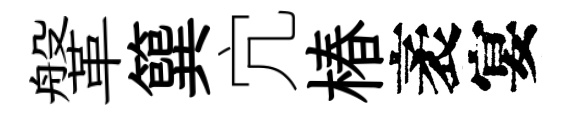
鞶簨宂椿袤宴